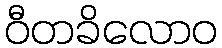
ဝီတခိလောဝ